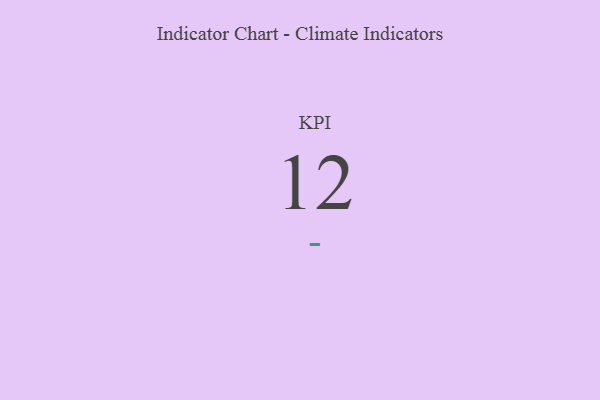
{"axis": {"x": "KPI", "y": "Value"}, "legend": [""], "data": [{"x": "KPI", "y": 12, "type": ""}]}